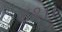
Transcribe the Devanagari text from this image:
८१।।